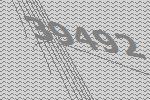
39492